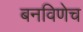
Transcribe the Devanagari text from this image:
बनविणेच